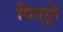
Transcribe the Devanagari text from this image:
पिएट्रो